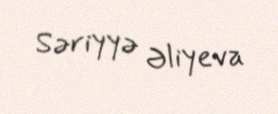
Səriyyə Əliyeva